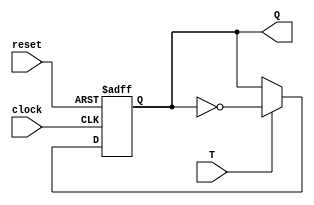
module TFF (
    input clock,
    input reset,
    input T,
    output reg Q
);

always @(posedge clock or posedge reset)
begin
    if (reset)
        Q <= 1'b0; // Reset to default state
    else if (T)
        Q <= ~Q; // Toggle the output value on rising edge of clock if T is high
end

endmodule